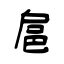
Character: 扈